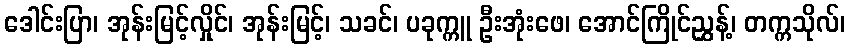
ဒေါင်းပြာ၊ အုန်းမြင့်လှိုင်၊ အုန်းမြင့်၊ သခင်၊ ပခုက္ကူ ဦးအုံးဖေ၊ အောင်ကြိုင်ညွှန့်၊ တက္ကသိုလ်၊